Indian journal of veterinary science and animal husbandry - Volumes 18-21, 1948-1951
Year: 1948
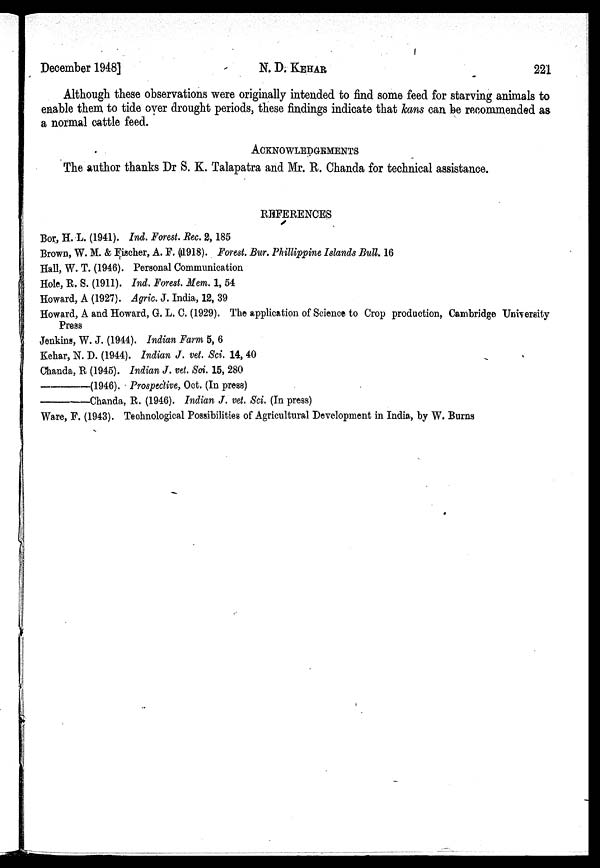
December 1948]
N. D. KEHAR
221
Although these observations were originally intended to find some feed for starving animals to
enable them to tide over drought periods, these findings indicate that kans can be recommended as
a normal cattle feed.
ACKNOWLEDGEMENTS
The author thanks Dr S. K. Talapatra and Mr. R. Chanda for technical assistance.
REFERENCES
Bor, H. L. (1941). Ind. Forest. Rec. 2, 85
Brown, W. M. & Fischer, A. F. (1918). Forest. Bur. Phillippine Islands Bull. 16
Hall, W. T. (1946). Personal Communication
Hole, R. S. (1911). Ind. Forest. Mem. 1, 54
Howard, A (1927). Agric. J. India, 18, 39
Howard, A and Howard, G. L. C. (1929). The application of Science to Crop production, Cambridge University
Press
Jenkins, W. J. (1944). Indian Farm 5, 6
Kehar, N. D. (1944). Indian J. vet. Sci. 14, 40
Chanda, R (1945). Indian J. vet. Sri. 15, 280
————— (1946). Prospective, Oct. (In press)
————— Chanda, R. (1946). Indian J. vet. Sci. (In press)
Ware, F. (1943). Technological Possibilities of Agricultural Development in India, by W. Burns